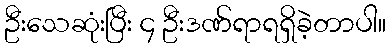
ဦးသေဆုံးပြီး ၄ ဦးဒဏ်ရာရရှိခဲ့တာပါ။